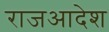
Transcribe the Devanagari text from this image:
राजआदेश